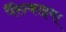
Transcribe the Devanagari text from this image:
पैरेन्काइमा